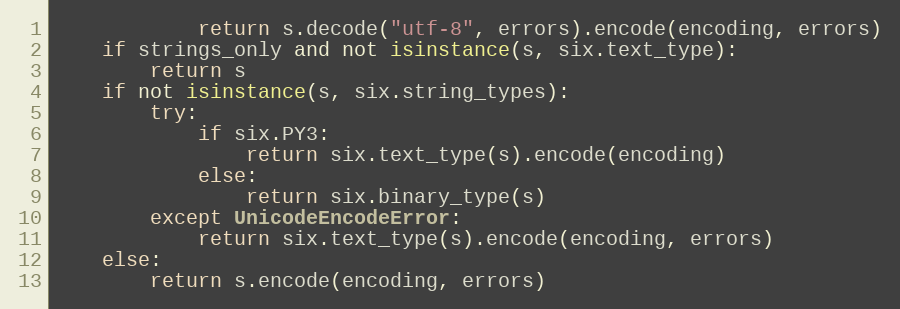
Language: Python
            return s.decode("utf-8", errors).encode(encoding, errors)
    if strings_only and not isinstance(s, six.text_type):
        return s
    if not isinstance(s, six.string_types):
        try:
            if six.PY3:
                return six.text_type(s).encode(encoding)
            else:
                return six.binary_type(s)
        except UnicodeEncodeError:
            return six.text_type(s).encode(encoding, errors)
    else:
        return s.encode(encoding, errors)